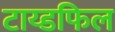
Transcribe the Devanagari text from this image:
टाय्डफिल